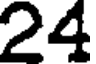
24